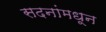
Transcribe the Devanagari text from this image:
सदनांमधून